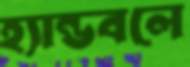
হ্যান্ডবলে